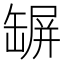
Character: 𦉇